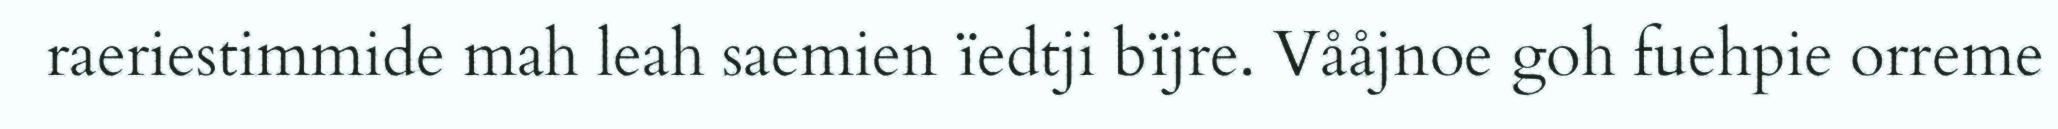
raeriestimmide mah leah saemien ïedtji bïjre. Vååjnoe goh fuehpie orreme